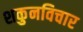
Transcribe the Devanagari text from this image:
शकुनविचार